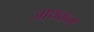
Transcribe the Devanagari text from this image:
जाथकम